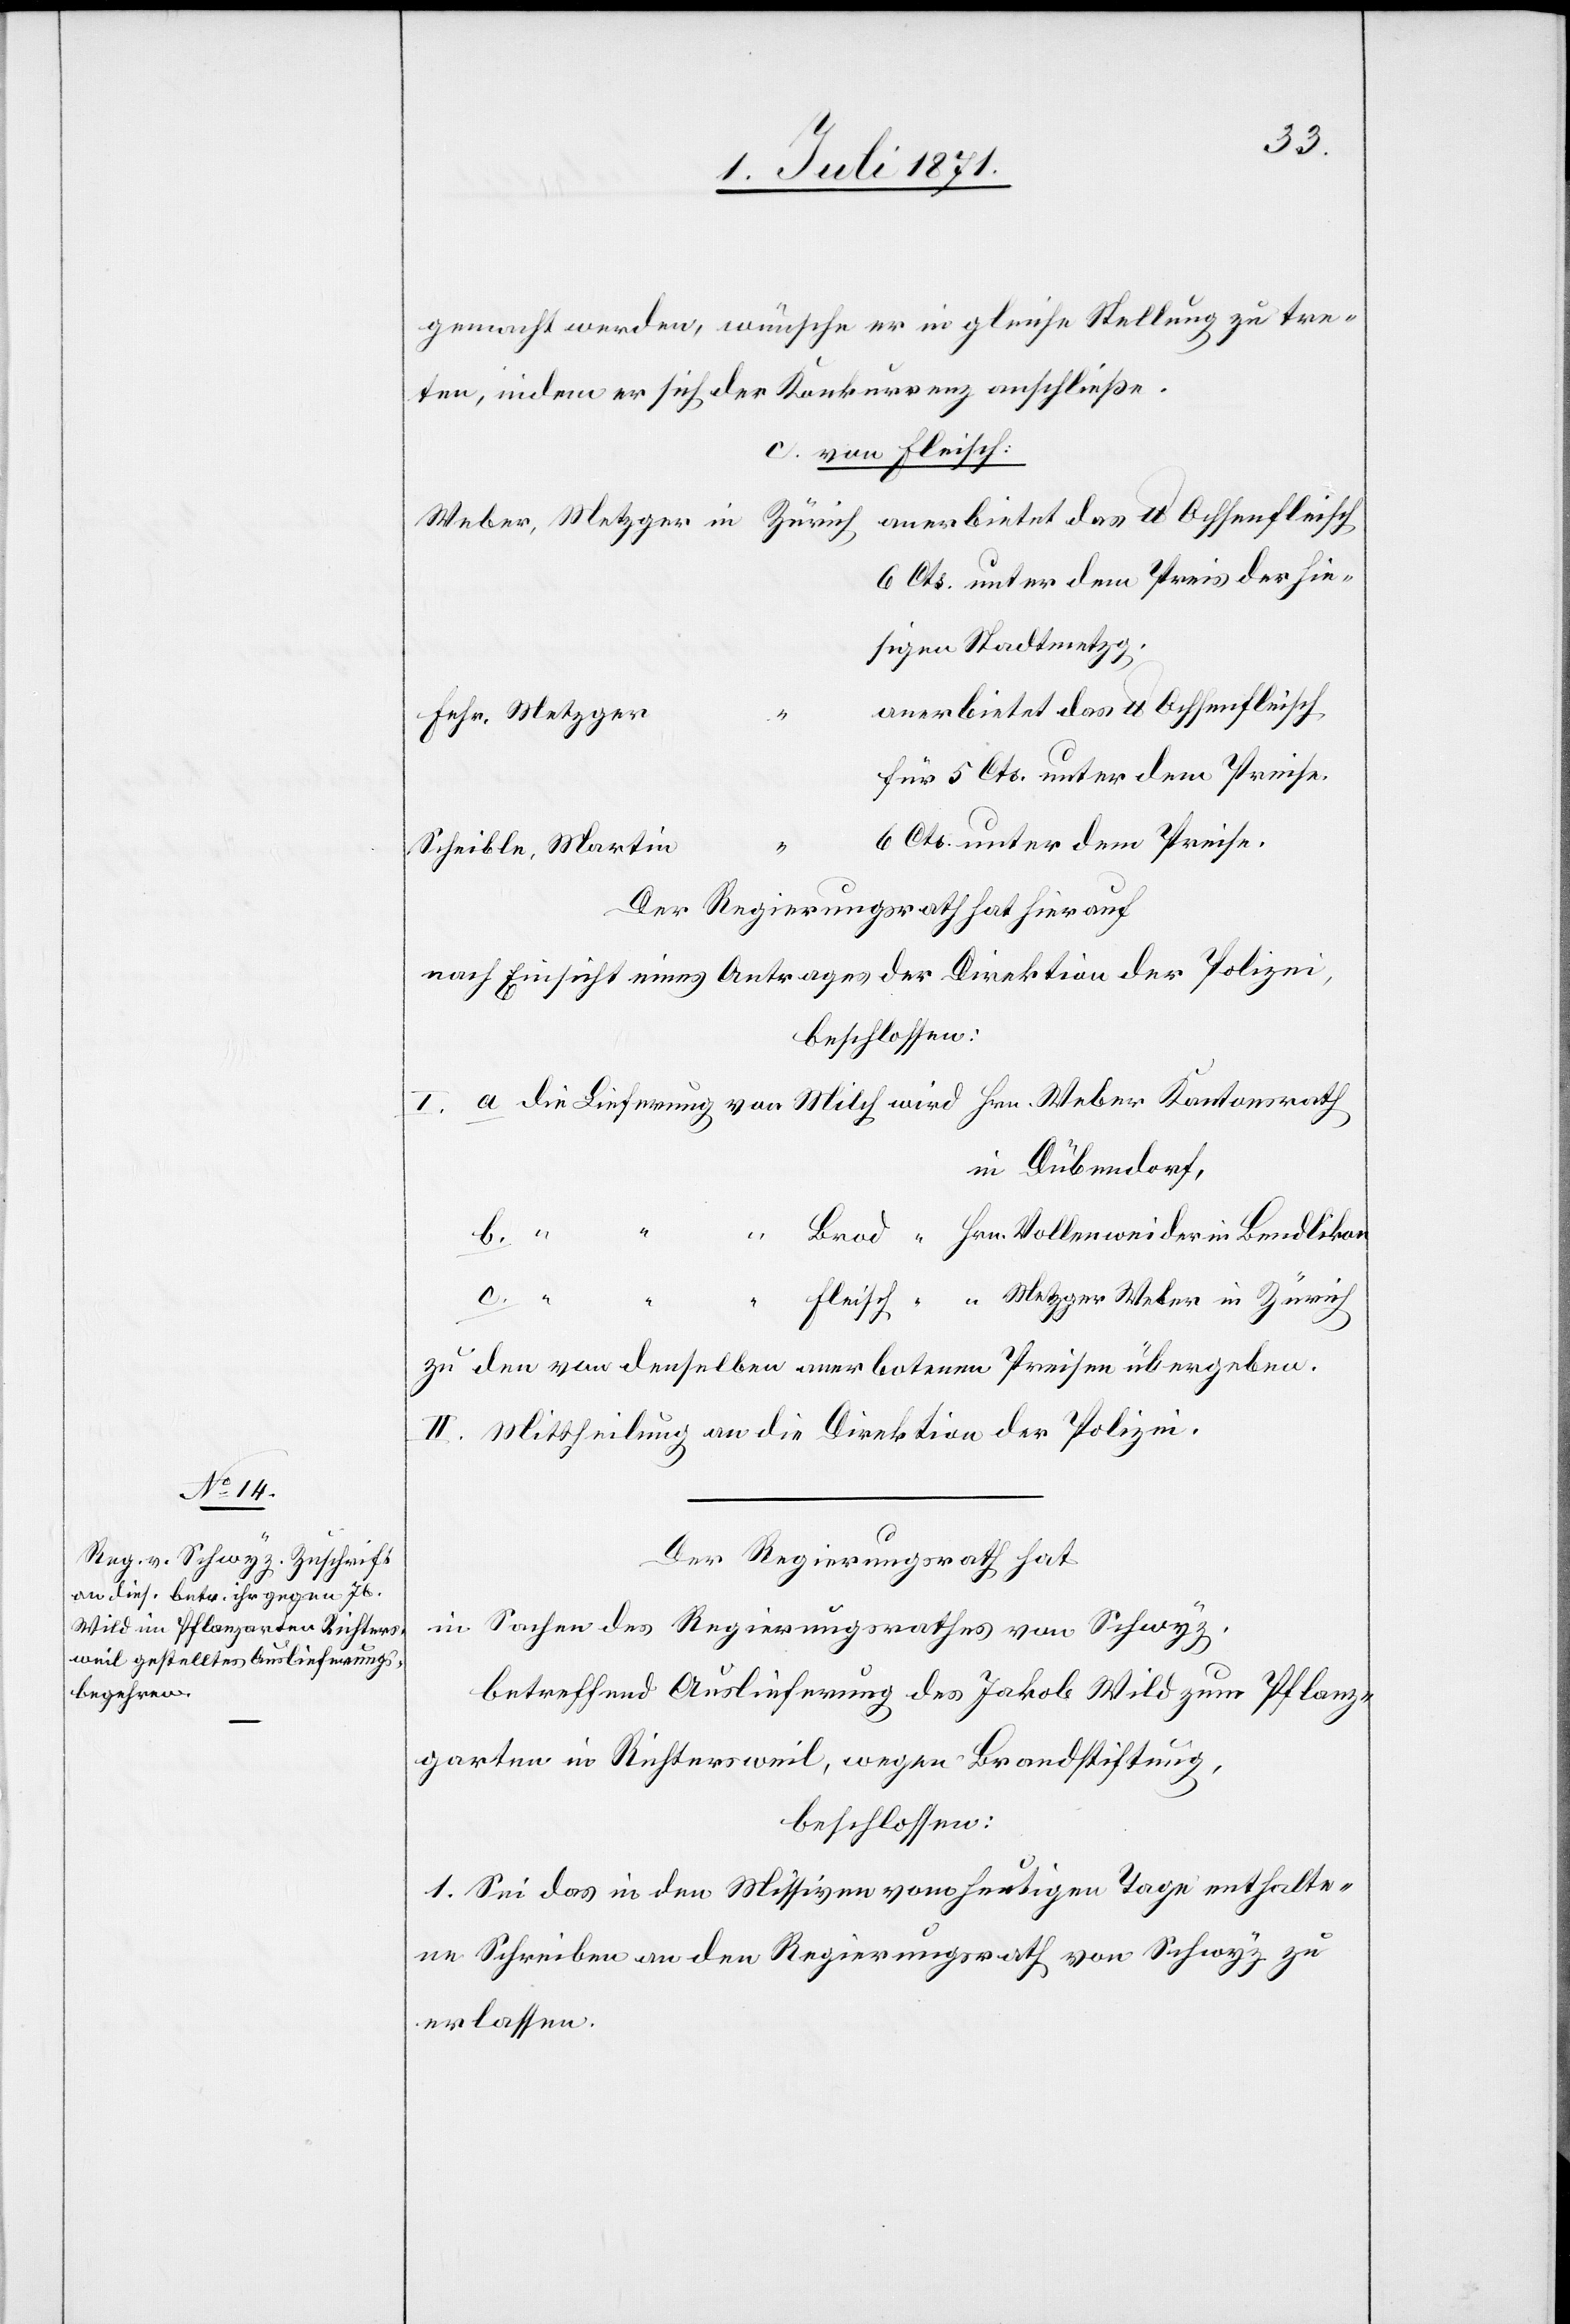
gemacht werden, wünsche er in gleiche Stellung zu tre¬
ten, indem er sich der Konkurrenz anschließe.
c. von Fleisch:
6 Cts. unter dem Preis der hie¬
sigen Stadtmetzg.
anerbietet das lb. Ochsenfleisch
Fehr, Metzger
für 5 Cts. unter dem Preise.
6 Cts. unter dem Preise.
Zürich
Scheible, Martin
Der Regierungsrath hierauf
nach Einsicht eines Antrages der Direktion der Polizei,
beschlossen:
in Dübendorf,
Hrn. Vollenweider in Bendlikon
c.
zu den von denselben anerbotenen Preisen übergeben.
II. Mittheilung an die Direktion der Polizei.
Der Regierungsrath hat
in Sachen des Regierungsrathes von Schwyz,
betreffend Auslieferung des Jakob Wild zum Pflanz¬
garten in Richtersweil, wegen Brandstiftung,
beschlossen:
1. Sei das in den Missiven vom heutigen Tage enthalte¬
ne Schreiben an den Regierungsrath von Schwyz zu
erlassen.